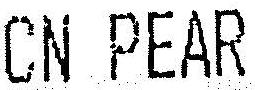
CN PEAR